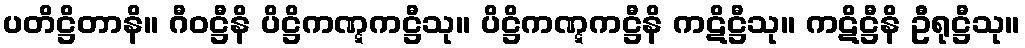
ပတိဋ္ဌိတာနိ။ ဂီဝဋ္ဌီနိ ပိဋ္ဌိကဏ္ဋကဋ္ဌီသု။ ပိဋ္ဌိကဏ္ဋကဋ္ဌီနိ ကဋိဋ္ဌီသု။ ကဋိဋ္ဌီနိ ဦရုဋ္ဌီသု။